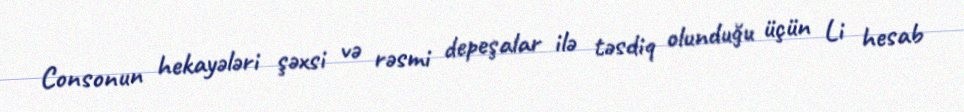
Consonun hekayələri şəxsi və rəsmi depeşalar ilə təsdiq olunduğu üçün Li hesab